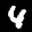
Label: 4